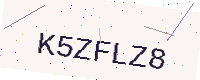
Text: K5ZFLZ8